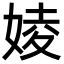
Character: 婈